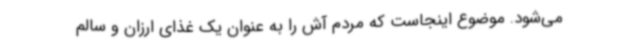
می‌شود. موضوع اینجاست که مردم آش را به‌ عنوان یک غذای ارزان و سالم